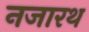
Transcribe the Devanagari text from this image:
नजारथ